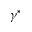
\gamma ^ { * }